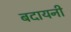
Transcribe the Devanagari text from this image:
बदायनी